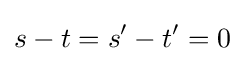
s-t=s'-t'=0